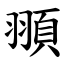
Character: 頨